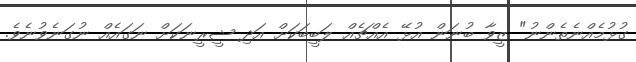
ގުޅުމެއްނެތެންނު" ޒީވާ ބުނަން އުޅޭ އެއްޗެއް ލަބީބަކަށް އަދި ޝީރީނަކަށް ނަގައެއް ނުގަނެވުނެވެ.